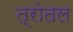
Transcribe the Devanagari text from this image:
त्रोतल